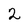
Character: 2